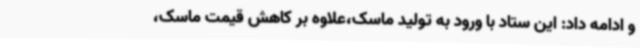
و ادامه داد: این ستاد با ورود به تولید ماسک،علاوه‌ بر کاهش قیمت ماسک،